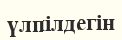
үлпілдегін